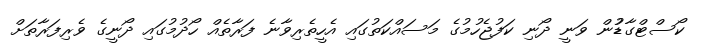
ކޯސްޓްގާޑުުން ވަނީ ދޯނި ކަފުޖެހުމުގެ މަސައްކަތުގައި އެހީތެރިވާނެ ފަރާތެއް ހޯދުމުގައި ދޯނީގެ ވެރިފަރާތަށް